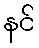
နင်